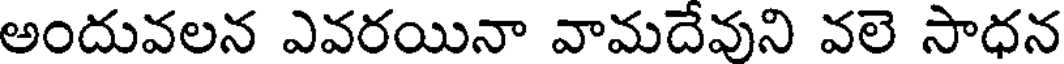
అందువలన ఎవరయినా వామదేవుని వలె సాధన